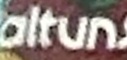
altun